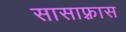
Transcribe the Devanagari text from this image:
सासाफ़्रास